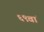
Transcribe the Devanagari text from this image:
६९वां